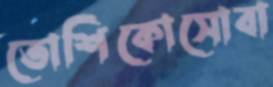
তোশিকোসোবা